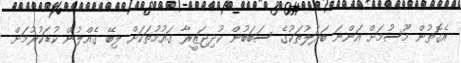
އެގޮތުން މޫސުމަށް އަންނަ ބަދަލުތަކުގެ ސަބަބުން ކުދިޖަޒީރާ ގައުމުތަކަށް ލިބޭ ގެއްލުން ކުޑަކުރުމަށް